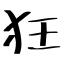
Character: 狂